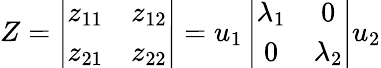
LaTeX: Z=\left|\begin{array}{cc}{{z_{11}}}&{{z_{12}}}\\ {{z_{21}}}&{{z_{22}}}\end{array}\right|=u_{1}\left|\begin{array}{cc}{{\lambda_{1}}}&{{0}}\\ {{0}}&{{\lambda_{2}}}\end{array}\right|u_{2}